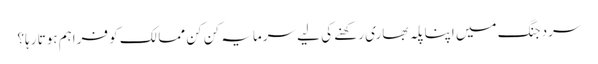
سرد جنگ میں اپنا پلہ بھاری رکھنے کی لیے سرمایہ کن کن ممالک کو فراہم ہوتا رہا؟